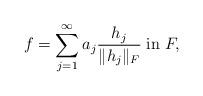
LaTeX: \begin{align*}f = \sum\limits_{j=1}^\infty a_j {\dfrac{h_j}{\|h_j\|_F}}\;\mathrm{in}\; F,\end{align*}